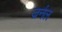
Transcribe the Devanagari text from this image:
ज्रर्नल